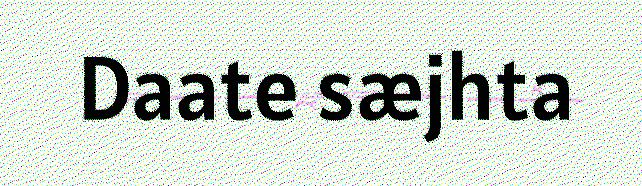
Daate sæjhta